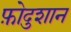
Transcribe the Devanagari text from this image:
फ़ोदुशान